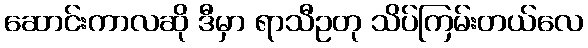
ဆောင်းကာလဆို ဒီမှာ ရာသီဥတု သိပ်ကြမ်းတယ်လေ